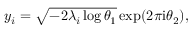
\begin{array} { r } { y _ { i } = \sqrt { - 2 \lambda _ { i } \log \theta _ { 1 } } \exp ( 2 \pi \mathrm { i } \theta _ { 2 } ) , } \end{array}